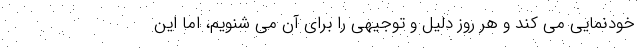
خودنمایی می کند و هر روز دلیل و توجیهی را برای آن می شنویم، اما این